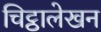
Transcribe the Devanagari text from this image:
चिट्ठालेखन